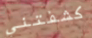
كشفتني